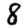
Digit: 8